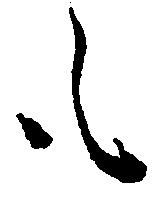
も